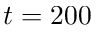
t = 2 0 0